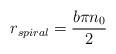
LaTeX: \begin{align*}r_{spiral}=\frac{b\pi n_0}{2}\end{align*}